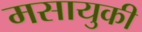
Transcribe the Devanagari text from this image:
मसायुकी